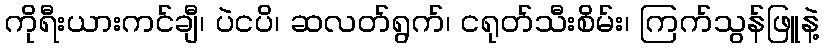
ကိုရီးယားကင်ချီ၊ ပဲငပိ၊ ဆလတ်ရွက်၊ ငရုတ်သီးစိမ်း၊ ကြက်သွန်ဖြူနဲ့